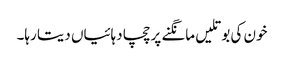
خون کی بوتلیں مانگنے پر چچا دہائیاں دیتا رہا۔